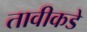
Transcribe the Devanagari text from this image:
तावीकडे